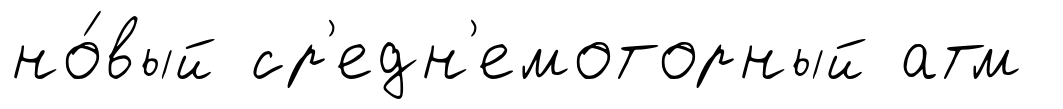
но́вый ср'едн'емоторный атм